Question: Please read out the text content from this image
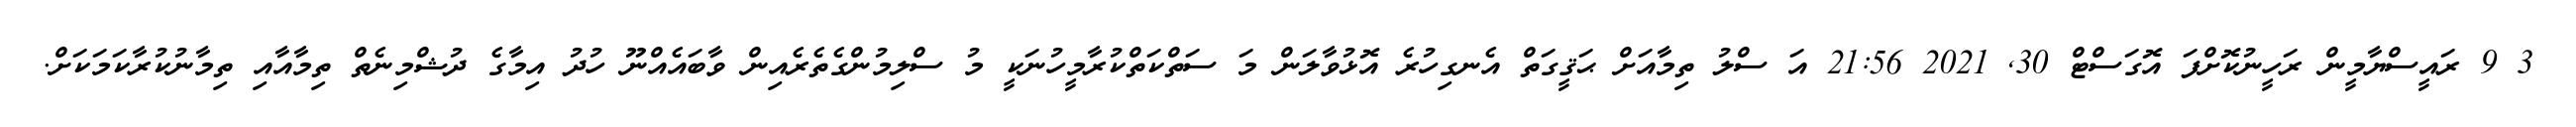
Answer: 3 9 ރައީސްޔާމީން ރަހީނުކޮށްފަ އޮގަސްޓް 30, 2021 21:56 އަ ސްލު ތިމާއަށް ޙަޤީގަތް އެނގިހުރެ އޮޅުވާލަން މަ ސަތްކަތްކުރާމީހުނަކީ މު ސްލިމުންގެތެރެއިން ވާބައެއްނޫ ހުދު އިމާގެ ދުޝްމިނެތް ތިމާއާއި ތިމާނުކުރާކަމަކަށް.